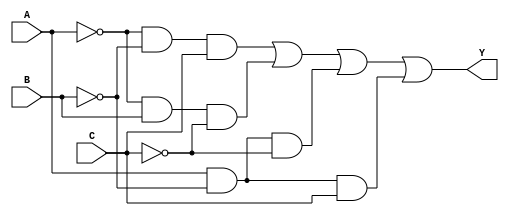

`timescale 10ns / 1ns
module comb_Y1(Y,A,B,C);
  output Y;
  input A,B,C;
  assign Y=(~A & ~B & C)|(~A & B & ~C)|(A & ~B & ~C)|(A & ~B & C);  
    
endmodule